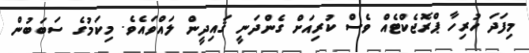
މިފަދަ ހުރިހާ ޕްރޮޖެކްޓެއް ވެސް ކުރިއަށް ގެންދަނީ ޤައިދީން ލައްވައެވެ. މިކަމުގެ ސަބަބުން